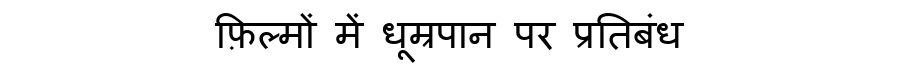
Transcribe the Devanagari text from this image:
फ़िल्मों में धूम्रपान पर प्रतिबंध